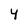
Character: Y